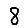
Digit: 8